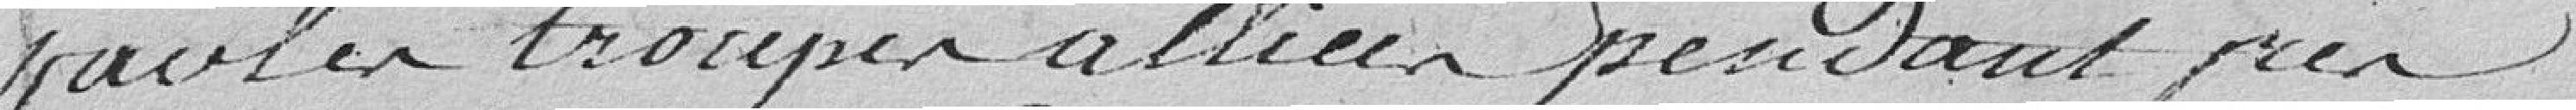
par les troupes alliées pendant près